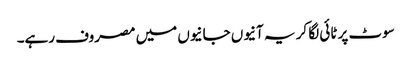
سوٹ پر ٹائی لگا کر یہ آنیوں جانیوں میں مصروف رہے۔